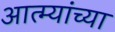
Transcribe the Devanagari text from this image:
आत्म्यांच्या